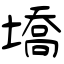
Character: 墧